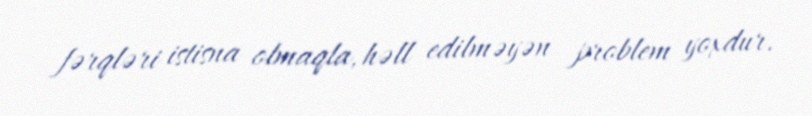
fərqləri istisna olmaqla, həll edilməyən problem yoxdur.